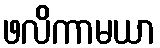
ဖလိကာမယာ